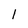
Character: 1